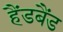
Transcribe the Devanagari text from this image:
हैंडबैंड